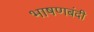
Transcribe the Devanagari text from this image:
भाषणबंदी